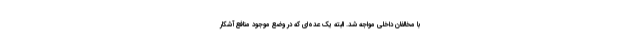
با مخالفان داخلی مواجه شد. البته یک عده‌ای که در وضع موجود منافع آشکار